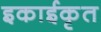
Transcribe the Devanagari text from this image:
इकाईकृत